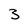
Character: 3